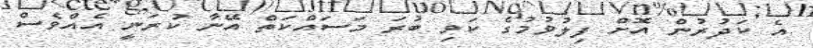
އެ ކަދުރުން އޮށް ފިލުވުމުގެ ކަވި ބުރަ މަސައްކަތް އޭނާ ކުރަނީ އެއްވެސް